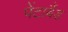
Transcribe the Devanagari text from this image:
पेंटाबैंड